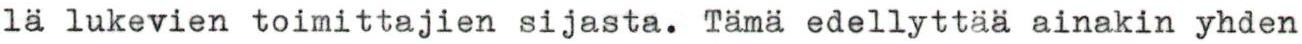
lä lukevien toimittajien sijasta. Tämä edellyttää ainakin yhden